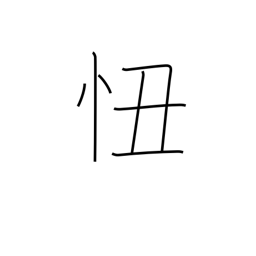
Meaning: shame